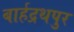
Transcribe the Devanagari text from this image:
बार्हद्रथपुर